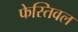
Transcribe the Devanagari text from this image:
फेस्तिवल